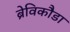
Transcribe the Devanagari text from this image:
ब्रेविकौडा